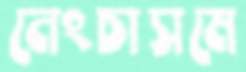
নেংচাসমে